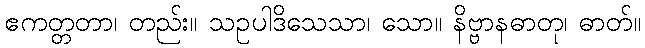
ဧကတ္တတာ၊ တည်း။ သဥပါဒိသေသာ၊ သော။ နိဗ္ဗာနဓာတု၊ ဓာတ်။